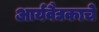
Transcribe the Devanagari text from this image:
आर्यवैद्यकाचे